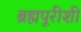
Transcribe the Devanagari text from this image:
ब्रह्मपूरीशी